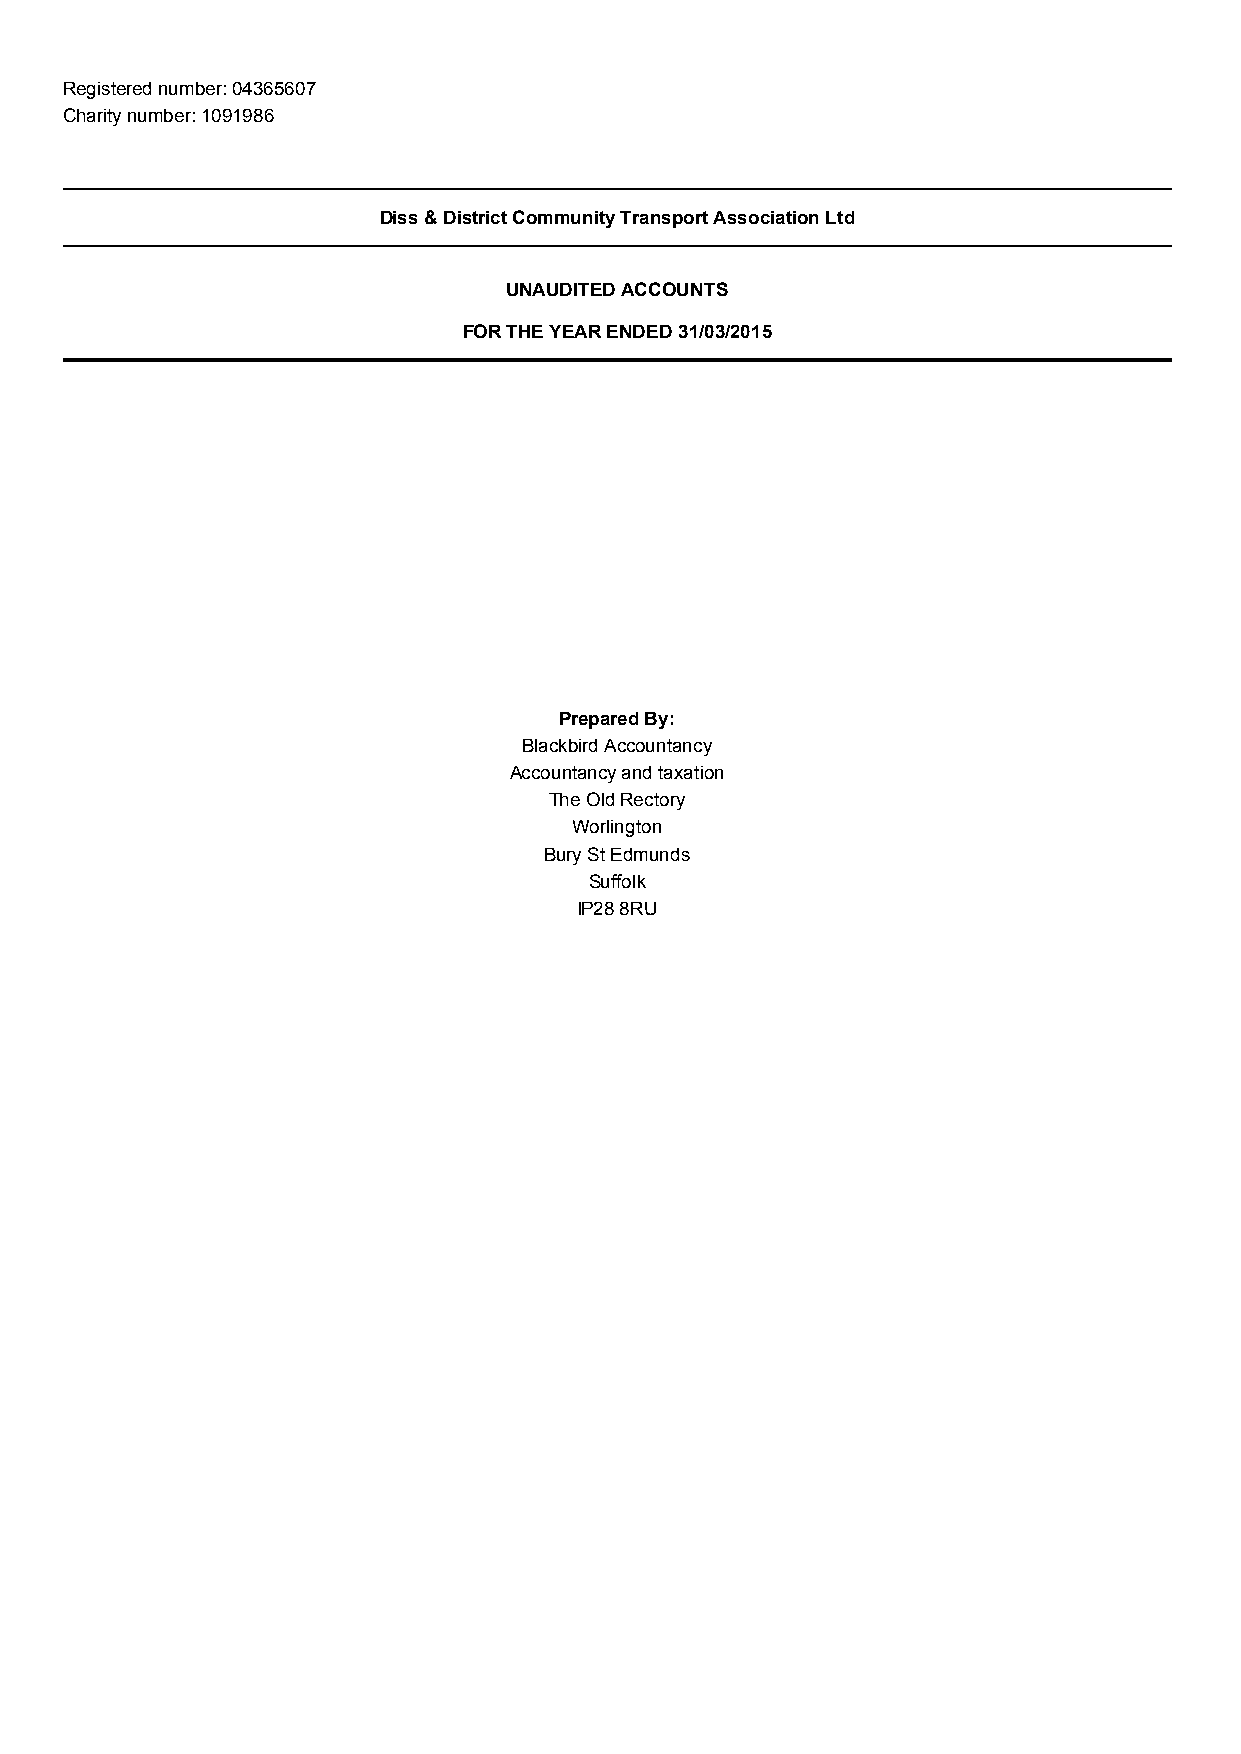
Registered number: 04365607
 Charity number: 1091986
 Diss & District Community Transport Association Ltd
 UNAUDITED ACCOUNTS
 FOR THE YEAR ENDED 31/03/2015
 Prepared By:
 Blackbird Accountancy
 Accountancy and taxation
 The Old Rectory
 Worlington
 Bury St Edmunds
 Suffolk
 IP28 8RU